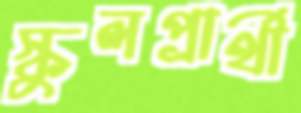
স্কুলপ্রার্থী